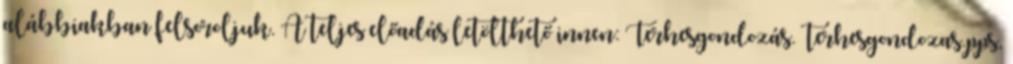
alábbiakban felsoroljuk. A teljes előadás letölthető innen: Terhesgondozás. terhesgondozas.pps,